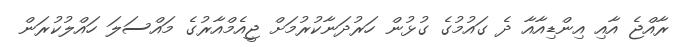
ރާއްޖެ އާއި އިންޑިއާއާ ދެ ގައުމުގެ ގުޅުން ހަރުދަނާކުރުމަށް ޖީއެމްއާރުގެ މައްސަލަ ހައްލުކުރަން